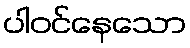
ပါဝင်နေသော